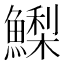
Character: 𩻌